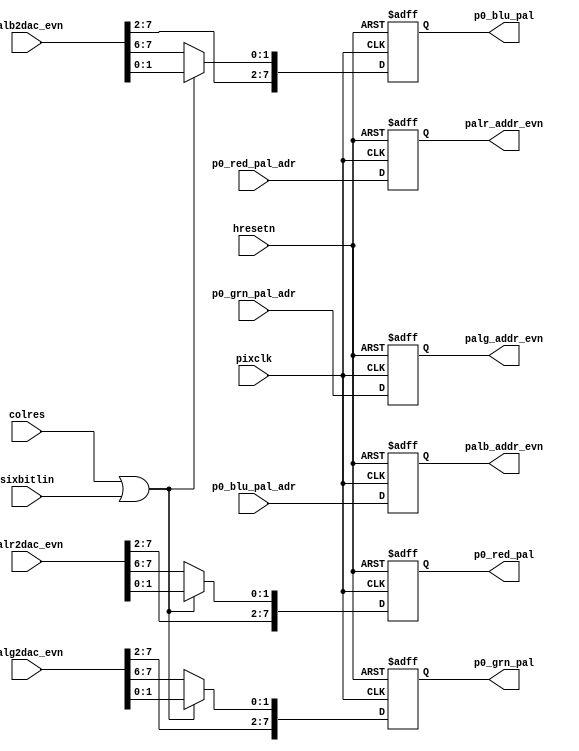
module ram_ctl
  (
   input		pixclk, 
   input                hresetn,  
   input                colres,
   input                sixbitlin,
   input [7:0]   	p0_red_pal_adr, 
   input [7:0]          p0_grn_pal_adr, 
   input [7:0]          p0_blu_pal_adr,
   input [7:0] 		palr2dac_evn,
   input [7:0]          palg2dac_evn,
   input [7:0]          palb2dac_evn,
   output reg [7:0]	p0_red_pal, 	
   output reg [7:0]	p0_grn_pal, 	
   output reg [7:0]	p0_blu_pal, 	
   output reg [7:0]     palr_addr_evn,
   output reg [7:0]     palg_addr_evn,
   output reg [7:0]     palb_addr_evn
   );
  wire 	  apply_lin = ! (colres | sixbitlin);
  always @( posedge pixclk or   negedge hresetn)
    if (!hresetn) begin
      palr_addr_evn <= 8'b0;
      palg_addr_evn <= 8'b0;
      palb_addr_evn <= 8'b0;
    end else begin
      palr_addr_evn <= p0_red_pal_adr;
      palg_addr_evn <= p0_grn_pal_adr;
      palb_addr_evn <= p0_blu_pal_adr;
    end
  always @( posedge pixclk or   negedge hresetn)
    if (!hresetn) begin
      p0_red_pal  <= 8'b0;
      p0_grn_pal  <= 8'b0;
      p0_blu_pal  <= 8'b0;
    end else begin
      p0_red_pal <= apply_lin ? {palr2dac_evn[7:2] ,palr2dac_evn[7:6]} : 
		    palr2dac_evn ;
      p0_grn_pal <= apply_lin ? {palg2dac_evn[7:2] ,palg2dac_evn[7:6]} : 
		    palg2dac_evn ;
      p0_blu_pal <= apply_lin ? {palb2dac_evn[7:2] ,palb2dac_evn[7:6]} : 
		    palb2dac_evn ;
    end
endmodule